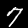
Label: 7